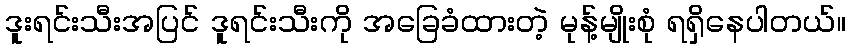
ဒူးရင်းသီးအပြင် ဒူရင်းသီးကို အခြေခံထားတဲ့ မုန့်မျိုးစုံ ရရှိနေပါတယ်။